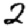
Digit: 2